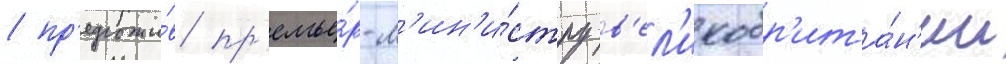
/ пр'едложи́в пр'емье́р-м'ин'и́стру в'ел'икобр'ита́н'ии